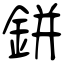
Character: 鉼